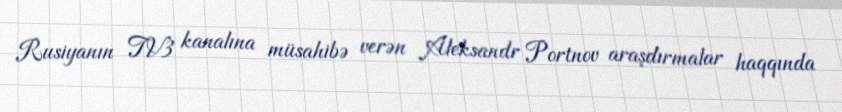
Rusiyanın TV3 kanalına müsahibə verən Aleksandr Portnov araşdırmalar haqqında